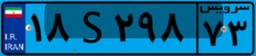
۱۸S۲۹۸۷۳